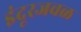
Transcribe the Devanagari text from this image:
इंदूरजवळ